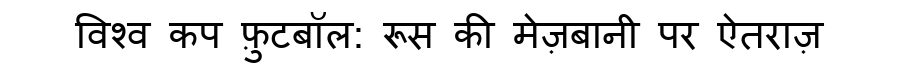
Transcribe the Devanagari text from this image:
विश्व कप फ़ुटबॉल: रूस की मेज़बानी पर ऐतराज़